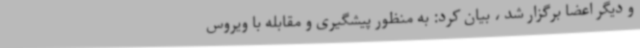
و دیگر اعضا برگزار شد ، بیان کرد: به منظور پیشگیری و مقابله با ویروس